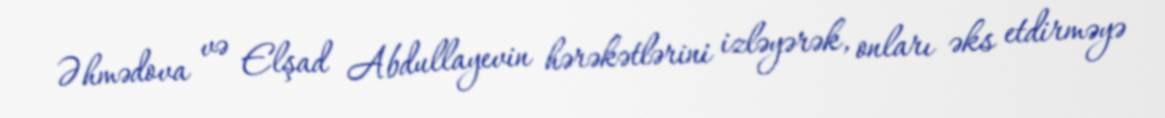
Əhmədova və Elşad Abdullayevin hərəkətlərini izləyərək, onları əks etdirməyə